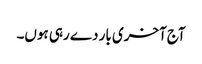
آج آخری بار دے رہی ہوں۔